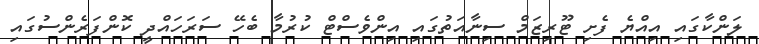
ލަންކާގައި އިއްޔެ ފެށި ޓޫރިޒަމް ސިނާއަތުގައި އިންވެސްޓް ކުރުމާ ބެހޭ ސަރަހައްދީ ކޮންފަރެންސުގައި